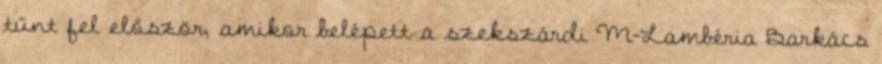
tűnt fel először, amikor belépett a szekszárdi M-Lambéria Barkács